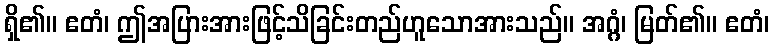
ရှိ၏။ ဧတံ၊ ဤအပြားအားဖြင့်သိခြင်းတည်ဟူသောအားသည်။ အဂ္ဂံ၊ မြတ်၏။ ဧတံ၊